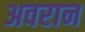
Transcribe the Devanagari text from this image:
अवरान